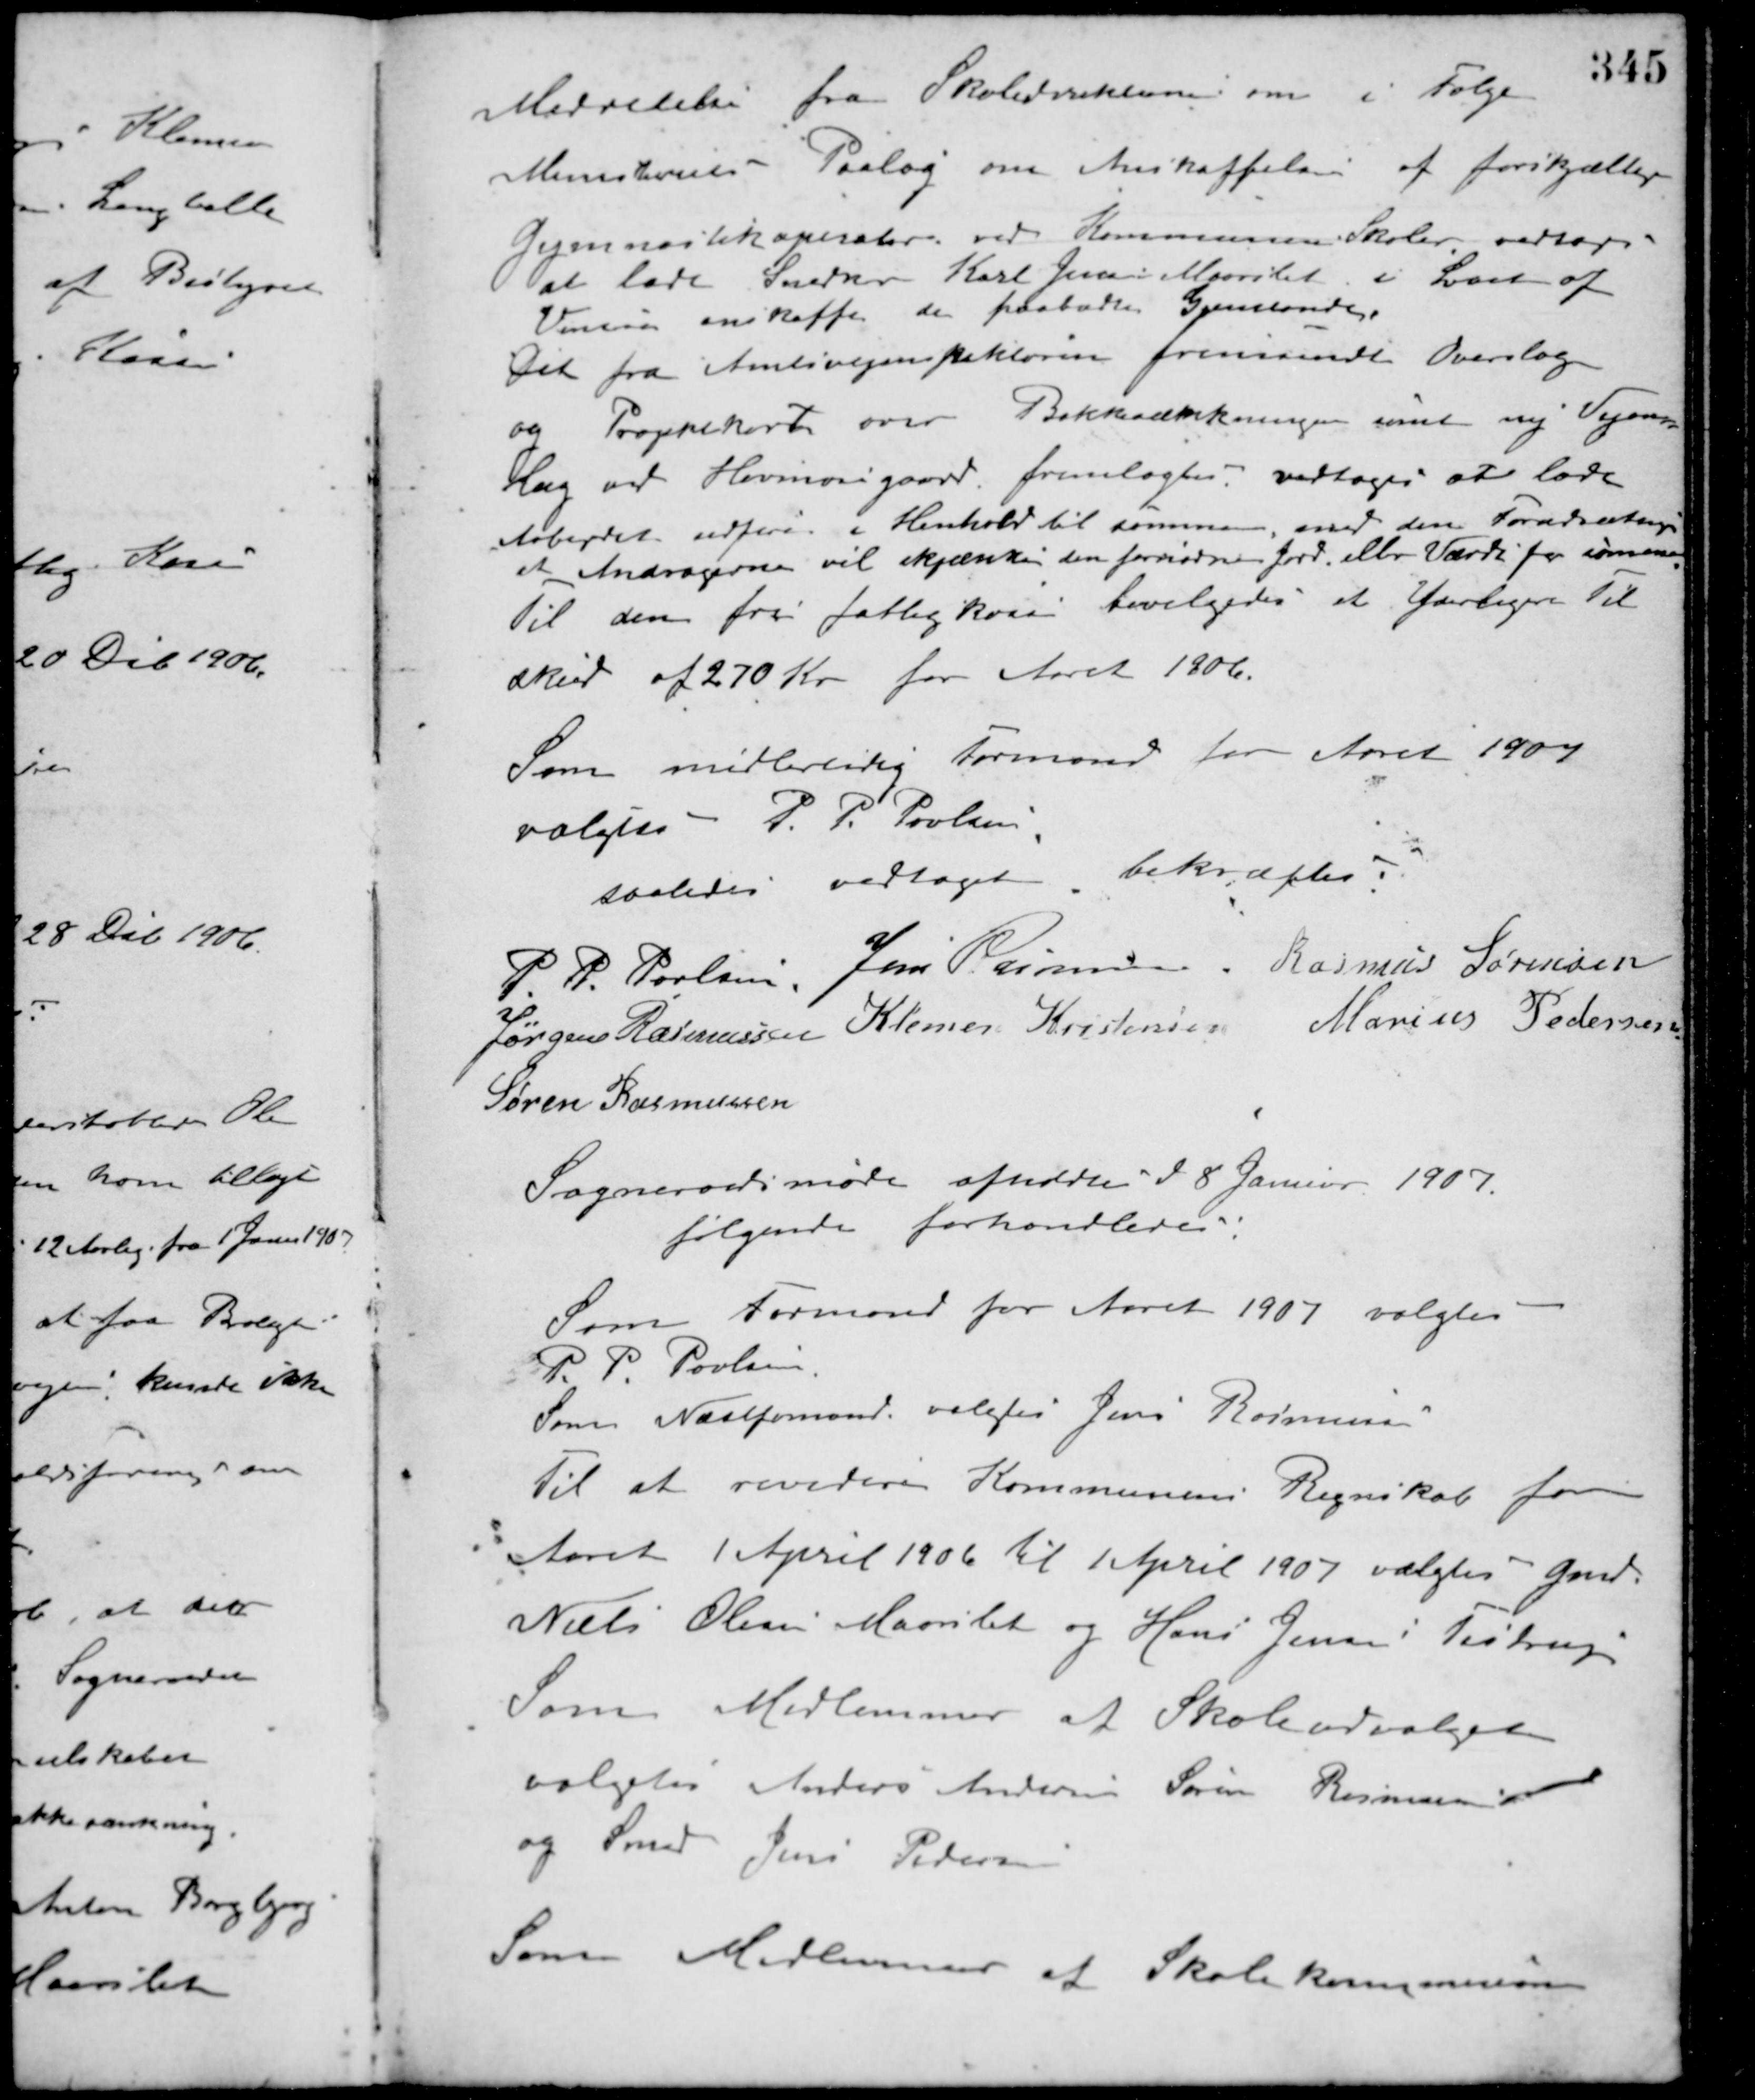
Transskription:
Meddelelse fra Skoledirektøren om i Følge
Ministeriets Paalæg om Anskaffelse af forskjellige
Gymnastikaperater ved Kommunens Skoler vedtoges
at lade Snedker Karl Jensen Maarslet i Løbet af
Vinteren anskaffe de paabudte Gjenstande.
Det fra Amtsvejinspektøren fremsendte Overslag
og Prospekkort over Bakkesænkningen samt ny Vejan-
læg ved Havmosegaard fremlagdes, vedtoges at lade
Arbejdet udføre i Henhold til samme med den Forudsætning
at Andragerne vil skjænke den fornødne Jord eller Værdi for samme.
Til den fri fattigkasse bevilgedes et Yderligere til-
skud af 270 Kr. for Aaret 1906.
Som midlertidig Formand for Aaret 1907
valgets P. P. Poulsen
saaledes vedtaget bekræftes
P. P. Poulsen Jens Rasmussen Rasmus Sørensen
Jørgen Rasmussen Klemen Kristensen Marius Pedersen
Søren Rasmussen
Sogneraadsmøde afholdte d. 8 Januar 1907.
følgende forhandledes:
Som Formand for Aaret 1907 valgtes
P. P. Poulsen
Som Næstformand valgtes Jens Rasmussen
Til at revidere Kommunens Regnskab for
Aaret 1 April 1906 til 1 April 1907 valgtes Gmd.
Niels Olesen Maarslet og Hans Jensen Testrup
Som Medlemmer af Skoleudvalget
valgtes Anders Andersen Søren Rasmussen
og Smed Jens Pedersen
Som Medlemmer af Skolekommissionen